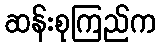
ဆန်းစုကြည်က